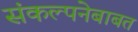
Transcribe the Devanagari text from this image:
संकल्पनेबाबत